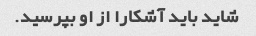
شاید باید آشکارا از او بپرسید.